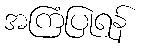
အကြံပြုရန်